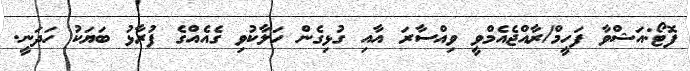
ފޮޓޯ:އަޝްވާ ފަހީމް/ރާއްޖެއެމްވީ ވިއްސާރަ އާއި ގުޅިގެން ހަލާކުވި ގެއެއްގެ ފުރާޅު ބަޔަކު ހަދަނީ.